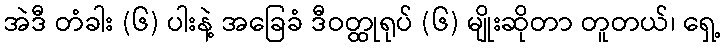
အဲဒီ တံခါး (၆) ပါးနဲ့ အခြေခံ ဒီဝတ္ထုရုပ် (၆) မျိုးဆိုတာ တူတယ်၊ ရှေ့